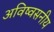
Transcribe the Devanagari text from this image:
अविष्वसनीय